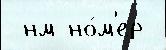
 нм но́м'ер